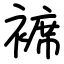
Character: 褯